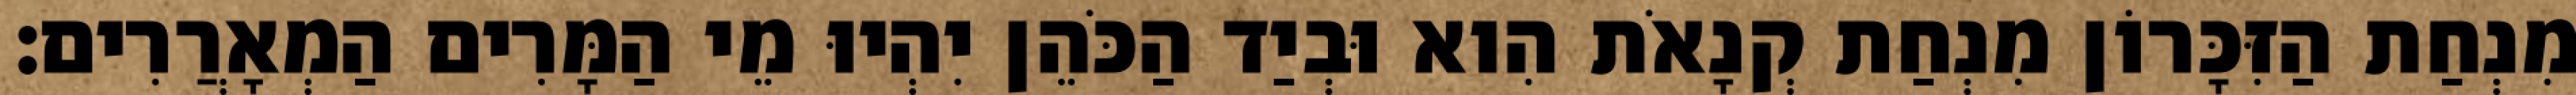
מִנְחַת הַזִּכָּרוֹן מִנְחַת קְנָאֹת הִוא וּבְיַד הַכֹּהֵן יִהְיוּ מֵי הַמָּרִים הַמְאָרֲרִים׃